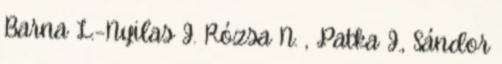
Barna L.–Nyilas J. Rózsa N. , Patka J., Sándor